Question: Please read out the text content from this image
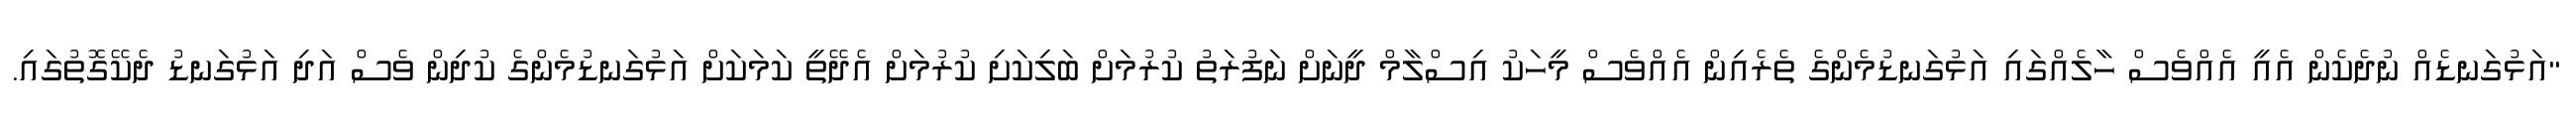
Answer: "އަޅުގަނޑެއް ނުދެކެން އެއީ އެއްވެސް ހާލެއްގައި އަޅުގަނޑުމެންގެ ތެރެއިން އެއްވެސް މީހަކު އިސްލާމް ދީނަށް ނަފުރަތު ކުރުމަށް ބަލިކަށި ކުރުމަށް އެދޭތީ ކަމަކަށް އަޅުގަނޑުމެންގެ ކުދިން ވެސް އަދި އަޅުގަނޑު ދެކޭގޮތުގައި.